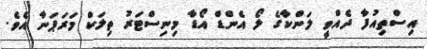
އިސްތިއުފާ ދެއްވީ ލަންކާގެ ލޯ އެންޑް އޯޑާ މިނިސްޓަރު ތިލަކް މަރަޕަނާ އެެވެ.